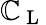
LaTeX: \mathbb{C}_{\mathrm{{~L~}}}